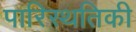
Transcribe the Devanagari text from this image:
पारिस्थतिकी